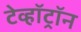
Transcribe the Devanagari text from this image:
टेव्हॉट्रॉन